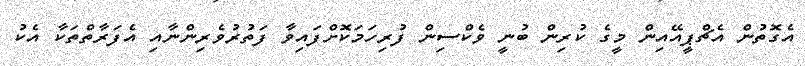
އެގޮތުން އެޗްޕީއޭއިން މީގެ ކުރިން ބުނީ ވެކްސިން ފުރިހަމަކޮށްފައިވާ ފަތުރުވެރިންނާއި އެފަރާތްތަކާ އެކު